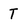
Character: T